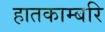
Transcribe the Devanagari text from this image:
हातकाम्बरि